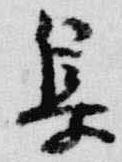
集